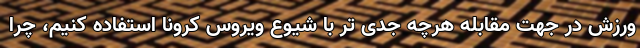
ورزش در جهت مقابله هرچه جدی تر با شیوع ویروس کرونا استفاده کنیم، چرا